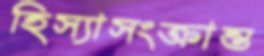
হিস্যাসংক্রান্ত